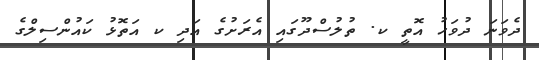
ދެވަނަ ދުވަހު އޮތީ ކ. ތުލުސްދޫގައި އެރަށުގެ އަދި ކ އަތޮޅު ކައުންސިލްގެ